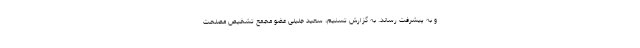
و به پیشرفت رساند. به گزارش تسنیم، سعید جلیلی عضو مجمع تشخیص مصلحت